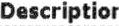
DESCRIPTIOR